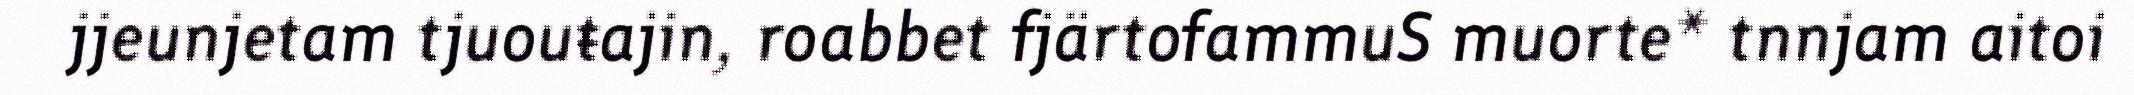
jjeunjetam tjuouŧajin, roabbet fjärtofammuS muorte* tnnjam aitoi